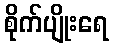
စိုက်ပျိုးရေ